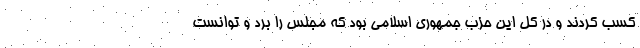
کسب کردند و در کل این حزب جمهوری اسلامی بود که مجلس را برد و توانست